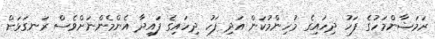
ރަމަޟާންމަހުގެ ފަހު ދިހައިގެ މުހިންމުކަން އަދި ފަހު ދިހައިގެ ފައިދާ އެންމެންނަށްވެސް ރަނގަޅަށް